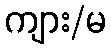
ကျား/မ